Vaccination report Assam 1896-1927 - 1896-1927
Year: 1896
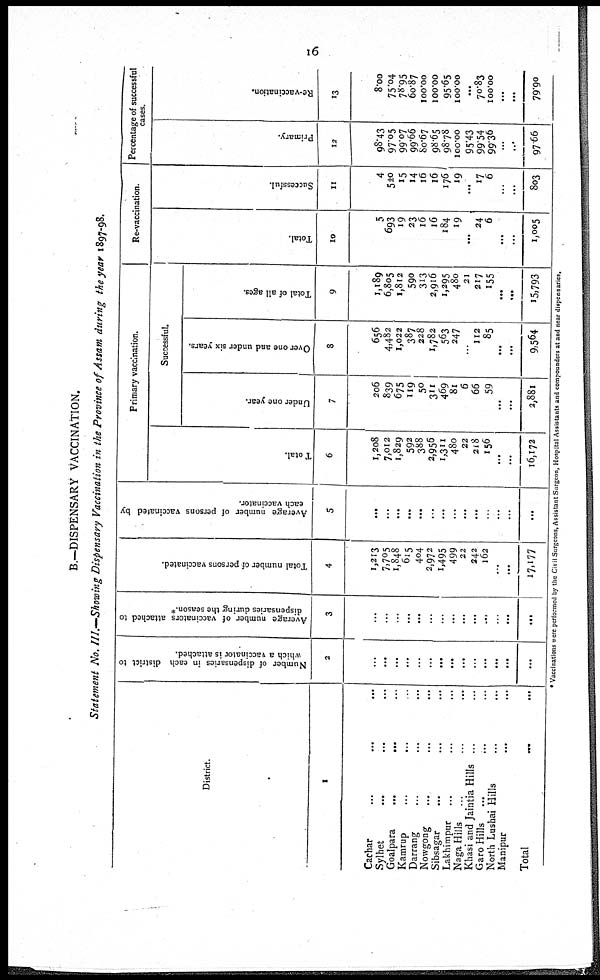
16
B.—DISPENSARY VACCINATION.
Statement No. III.—Showing Dispensary Vaccination in the Province of Assam during the year 1897-98.
District.
1
Cachar ... ... ...
Sylhet ... ... ...
Goalpara
...
...
...
Kamrup ... ... ...
Darrang ... ... ...
Nowgong ... ... ...
Sibsagar ... ... ...
Lakhimpur ... ... ...
Naga Hills ... ... ...
Khasi and Jaintia Hills ... ...
Garo Hills ... ... ...
North Lushai Hills ... ... ...
Manipur ... ... ...
Total
...
...
Number of dispensaries in each district to
which a vaccinator is attached.
2
...
...
...
...
...
...
...
...
...
...
...
...
...
...
Average number of vaccinators attached to
dispensaries during the season.*
3
...
...
...
...
...
...
...
...
...
...
...
...
...
...
Total number of persons vaccinated.
4
1,213
7,705
1,848
615
404
2,972
1,495
499
22
242
162
...
...
17,177
Average number of persons vaccinated by
each vaccinator.
5
...
...
...
...
...
...
...
...
...
...
...
...
...
...
Primary vaccination.
Total.
6
1,208
7,012
1,829
592
388
2,956
1,311
480
22
218
156
...
...
16,172
Successful
Under one year.
7
206
839
675
119
50
311
469
81
6
66
59
...
...
2,881
Over one and under six years.
8
656
4,482
1,022
387
228
1,782
563
247
...
112
85
...
...
9,564
Total of all ages.
9
1,189
6,805
1,812
590
313
2,916
1,295
480
21
217
155
...
...
15,793
Re-vaccination.
Total.
10
5
693
19
23
16
16
184
19
...
24
6
...
...
1,005
Successful.
11
4
520
15
14
16
16
176
19
...
17
6
...
...
803
Percentage of successful
cases.
Primary.
12
98.43
97.05
99.07
99.66
80.67
98.65
98.78
100.00
95.43
99.54
99.36
...
...
97.66
Re-vaccination.
13
8.00
75.04
78.95
60.87
100.00
100.00
95.65
100.00
...
70.83
100.00
...
...
79.90
* Vaccinations were performed by the Civil Surgeons, Assistant Surgeon, Hospital Assistants and compounders at and near dispensaries.